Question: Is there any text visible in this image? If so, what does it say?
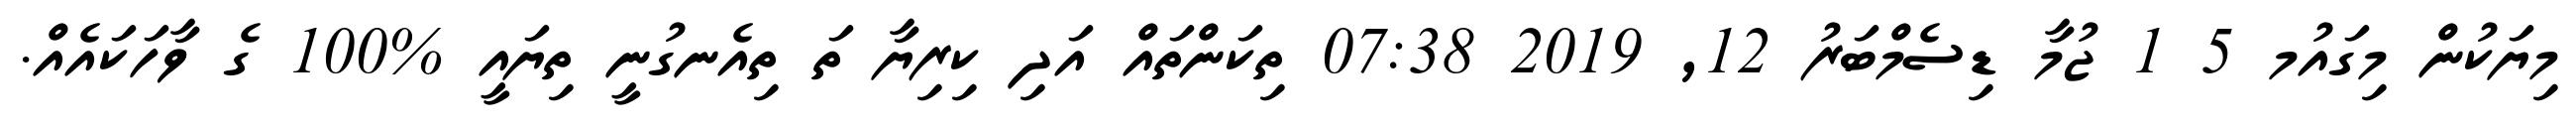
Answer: މިޔަކުން މިގައުމ 5 1 ޖުމާ ޑިސެމްބަރު 12, 2019 07:38 ތިކަންތައް އަދި ކިރިޔާ ތަ ތިއެނގުނީ ތިޔައީ %100 ގެ ވާހަކައެއް.